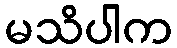
မသိပါက